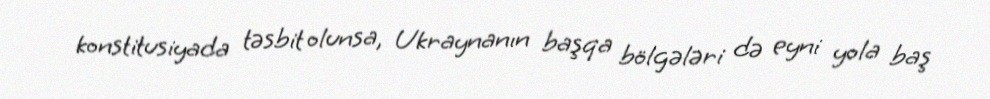
konstitusiyada təsbit olunsa, Ukraynanın başqa bölgələri də eyni yola baş